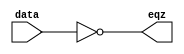
module comparator (eqz, data);
	input [15:0] data;
	output eqz;
	assign eqz = (data == 0);
endmodule